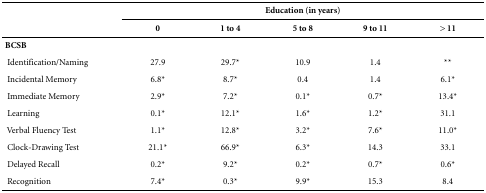
<table><thead><tr><td><b> </b></td><td colspan="5"><b>Education (in years)</b></td></tr><tr><td><b> </b></td><td><b>0</b></td><td><b>1 to 4</b></td><td><b>5 to 8</b></td><td><b>9 to 11</b></td><td><b>&gt; 11</b></td></tr></thead><tbody><tr><td><b>BCSB</b></td><td> </td><td> </td><td> </td><td> </td><td> </td></tr><tr><td>Identification/Naming</td><td>27.9</td><td>29.7*</td><td>10.9</td><td>1.4</td><td>**</td></tr><tr><td>Incidental Memory</td><td>6.8*</td><td>8.7*</td><td>0.4</td><td>1.4</td><td>6.1*</td></tr><tr><td>Immediate Memory</td><td>2.9*</td><td>7.2*</td><td>0.1*</td><td>0.7*</td><td>13.4*</td></tr><tr><td>Learning</td><td>0.1*</td><td>12.1*</td><td>1.6*</td><td>1.2*</td><td>31.1</td></tr><tr><td>Verbal Fluency Test</td><td>1.1*</td><td>12.8*</td><td>3.2*</td><td>7.6*</td><td>11.0*</td></tr><tr><td>Clock-Drawing Test</td><td>21.1*</td><td>66.9*</td><td>6.3*</td><td>14.3</td><td>33.1</td></tr><tr><td>Delayed Recall</td><td>0.2*</td><td>9.2*</td><td>0.2*</td><td>0.7*</td><td>0.6*</td></tr><tr><td>Recognition</td><td>7.4*</td><td>0.3*</td><td>9.9*</td><td>15.3</td><td>8.4</td></tr></tbody></table>